Juri_Uluots, lk 23
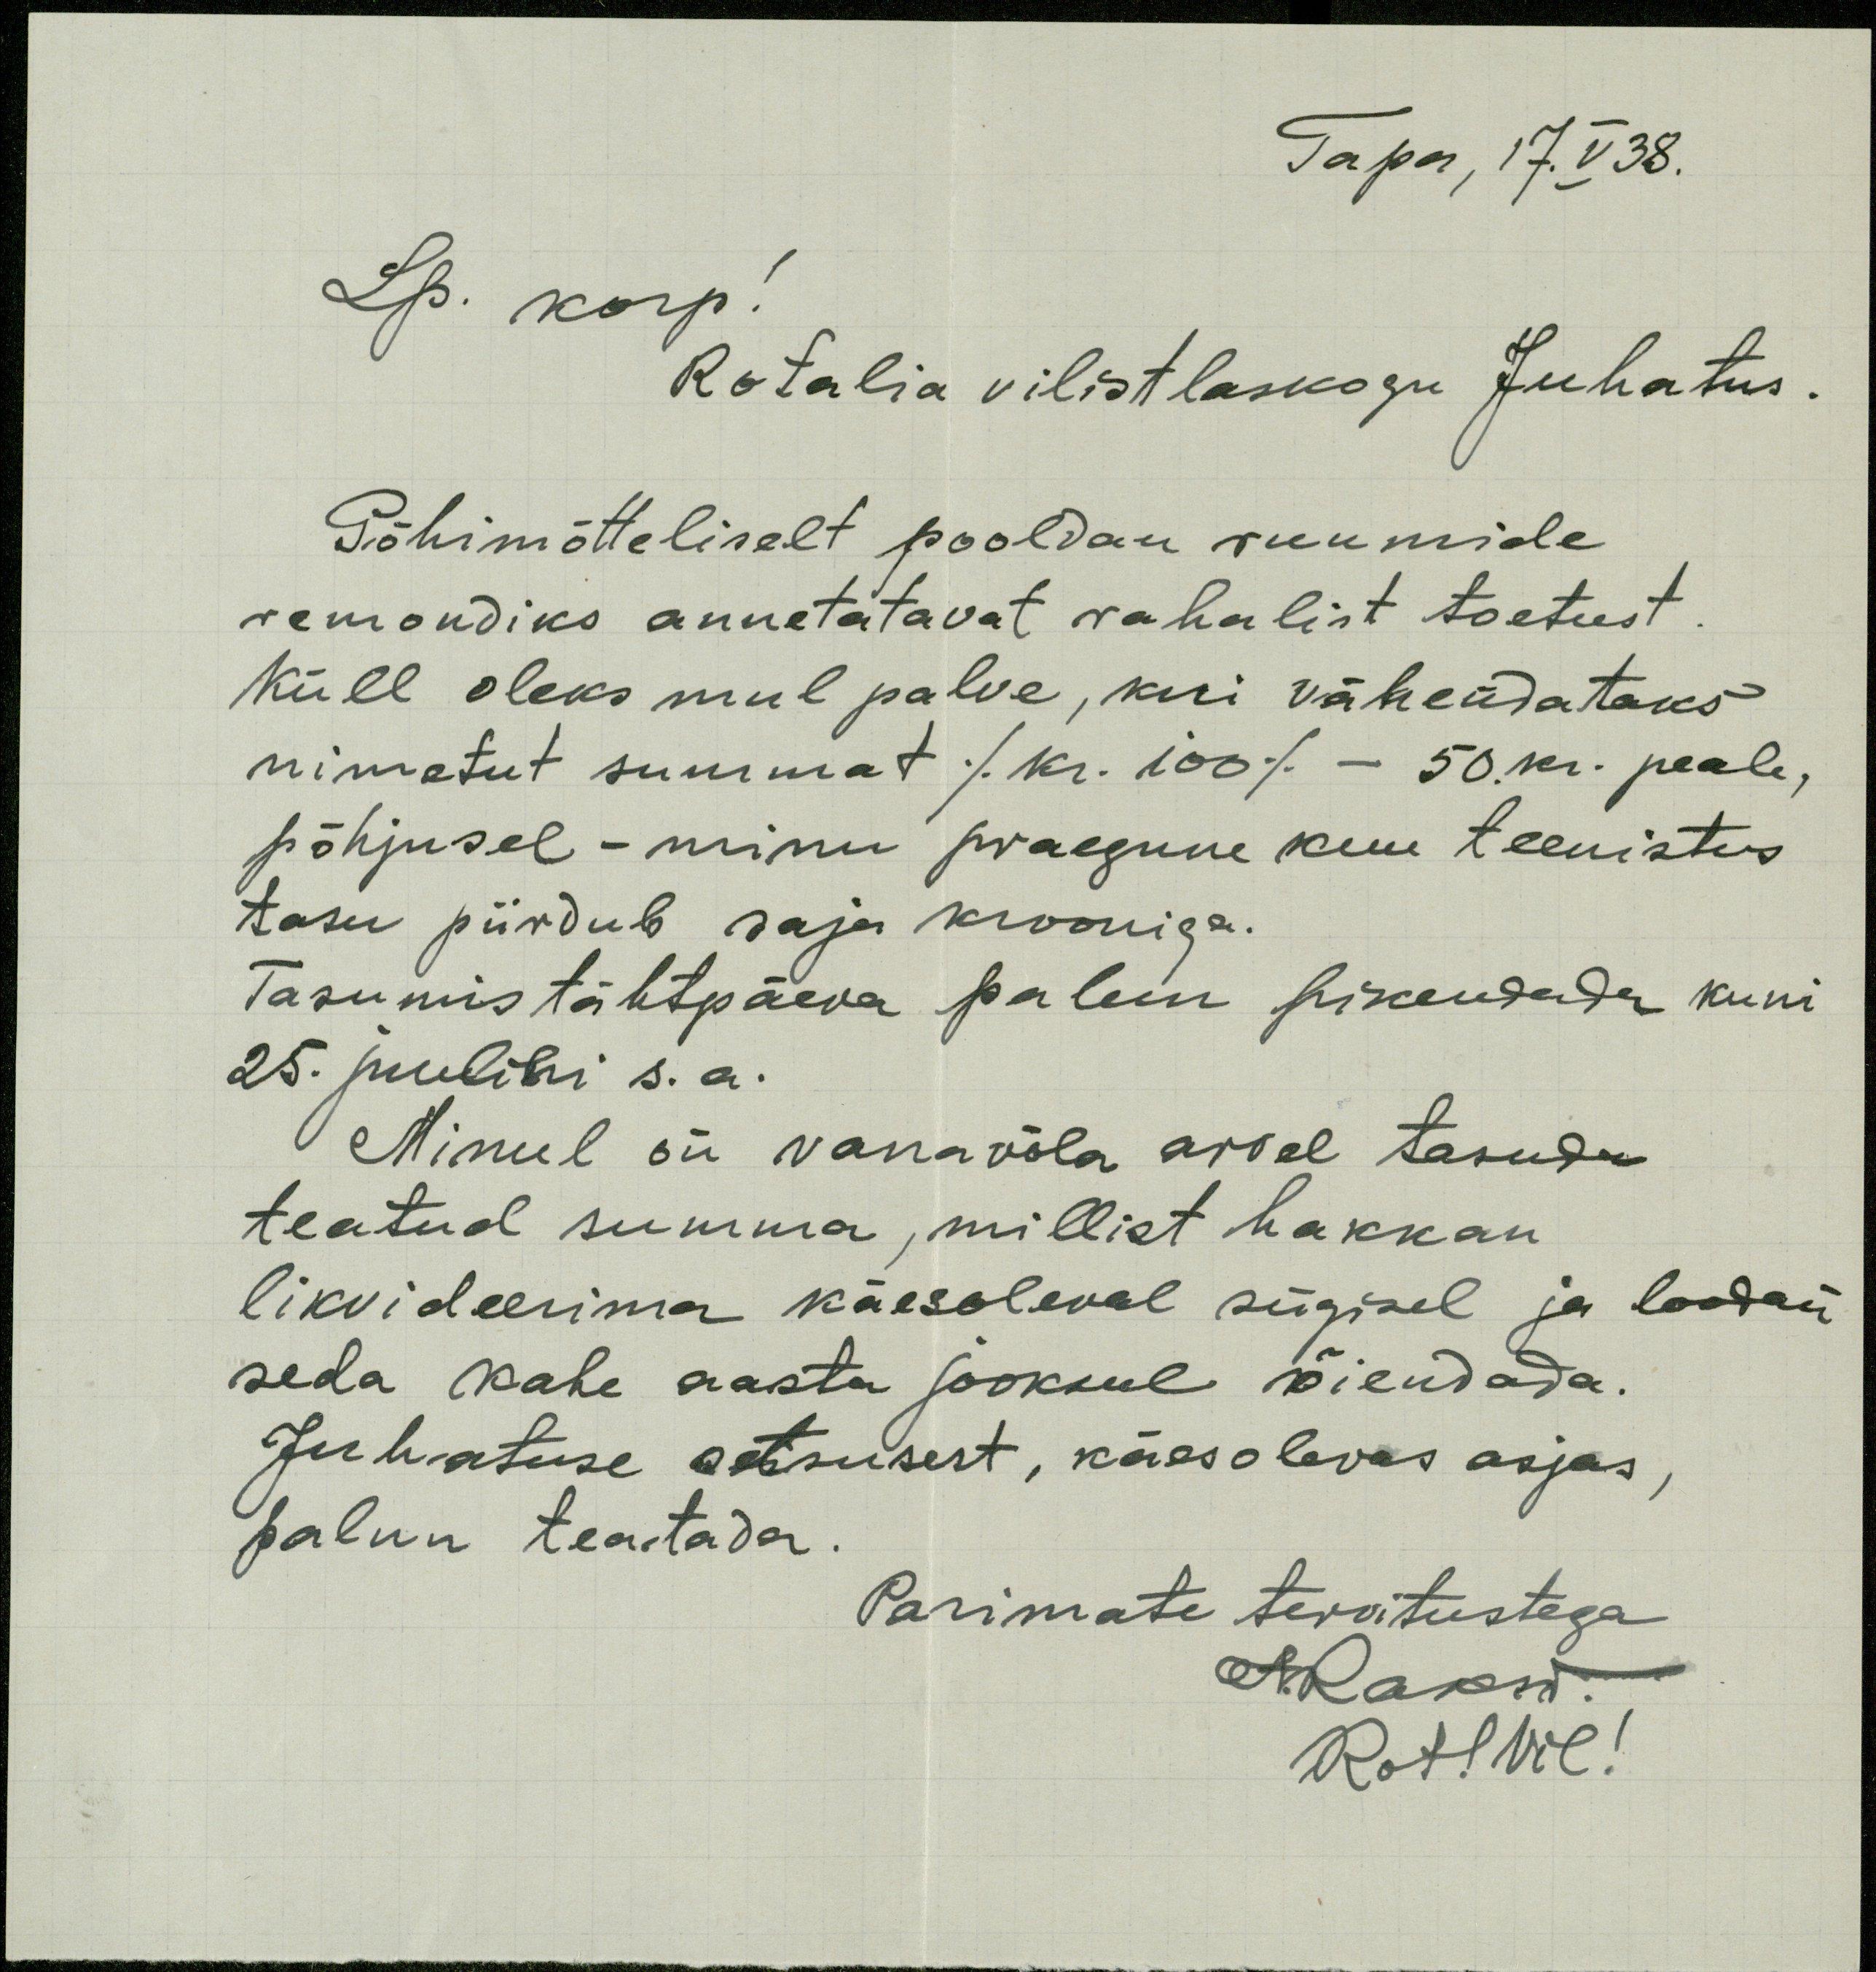
Tapa, 17.V38.
Lp. korp!
Rotalia vilistlaskogu Juhatus.
Põhimõtteliselt pooldan ruumide
remondiks annetatavat rahalist toetust
Küll oleks mul palve, kui vähendataks
nimetut summat /kr. 100/ - 50.kr. peale,
põhjusel - minu praegune kuu teenistus
tasu piirdub saja krooniga.
Tasumistähtpäeva palun pikendada kuni
25. juulini s. a.
Minul on vanavõla arvel tasuda
teatud summa, millist hakkan
likvideerima käesoleval sügisel ja loodan
seda kahe aasta jooksul õiendada.
Juhatuse otsusest, käesolevas asjas
palun teatada.
Parimate tervitustega
ARakw.
Rot! Vil!